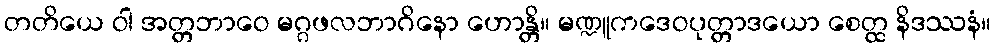
တတိယေ ဝါ အတ္တဘာဝေ မဂ္ဂဖလဘာဂိနော ဟောန္တိ။ မဏ္ဍူကဒေဝပုတ္တာဒယော စေတ္ထ နိဒဿနံ။